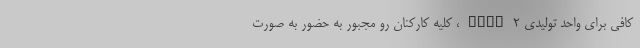
کافی برای واحد تولیدی PBR~2، کلیه کارکنان رو مجبور به حضور به صورت